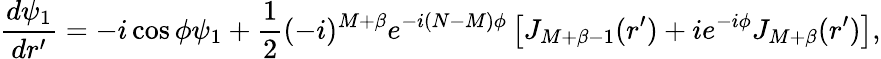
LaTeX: \frac{d\psi_{1}}{dr^{\prime}}=-i\cos\phi\psi_{1}+\frac{1}{2}(-i)^{M+\beta}e^{-i(N-M)\phi}\left[J_{M+\beta-1}(r^{\prime})+ie^{-i\phi}J_{M+\beta}(r^{\prime})\right],